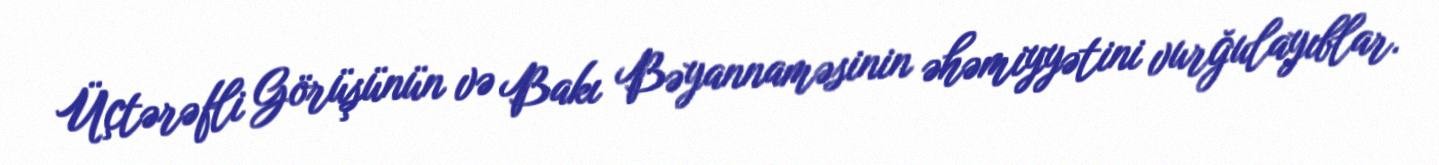
Üçtərəfli Görüşünün və Bakı Bəyannaməsinin əhəmiyyətini vurğulayıblar.